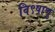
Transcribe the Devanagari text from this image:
वि९षाणु